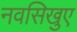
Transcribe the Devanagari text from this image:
नवसिखुए